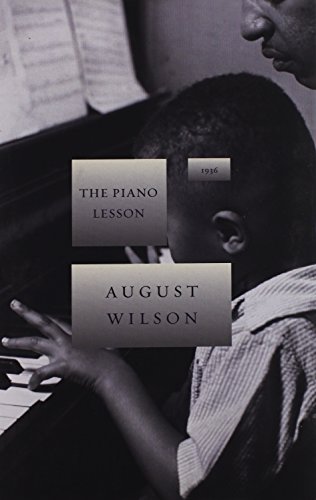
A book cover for The Piano Lesson (August Wilson Century Cycle); August Wilson; Literature & Fiction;